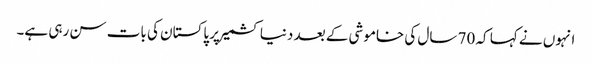
انہوں نے کہا کہ 70 سال کی خاموشی کے بعد دنیا کشمیر پر پاکستان کی بات سن رہی ہے۔